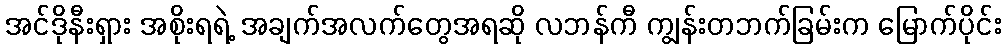
အင်ဒိုနီးရှား အစိုးရရဲ့ အချက်အလက်တွေအရဆို လဘန်ကီ ကျွန်းတဘက်ခြမ်းက မြောက်ပိုင်း